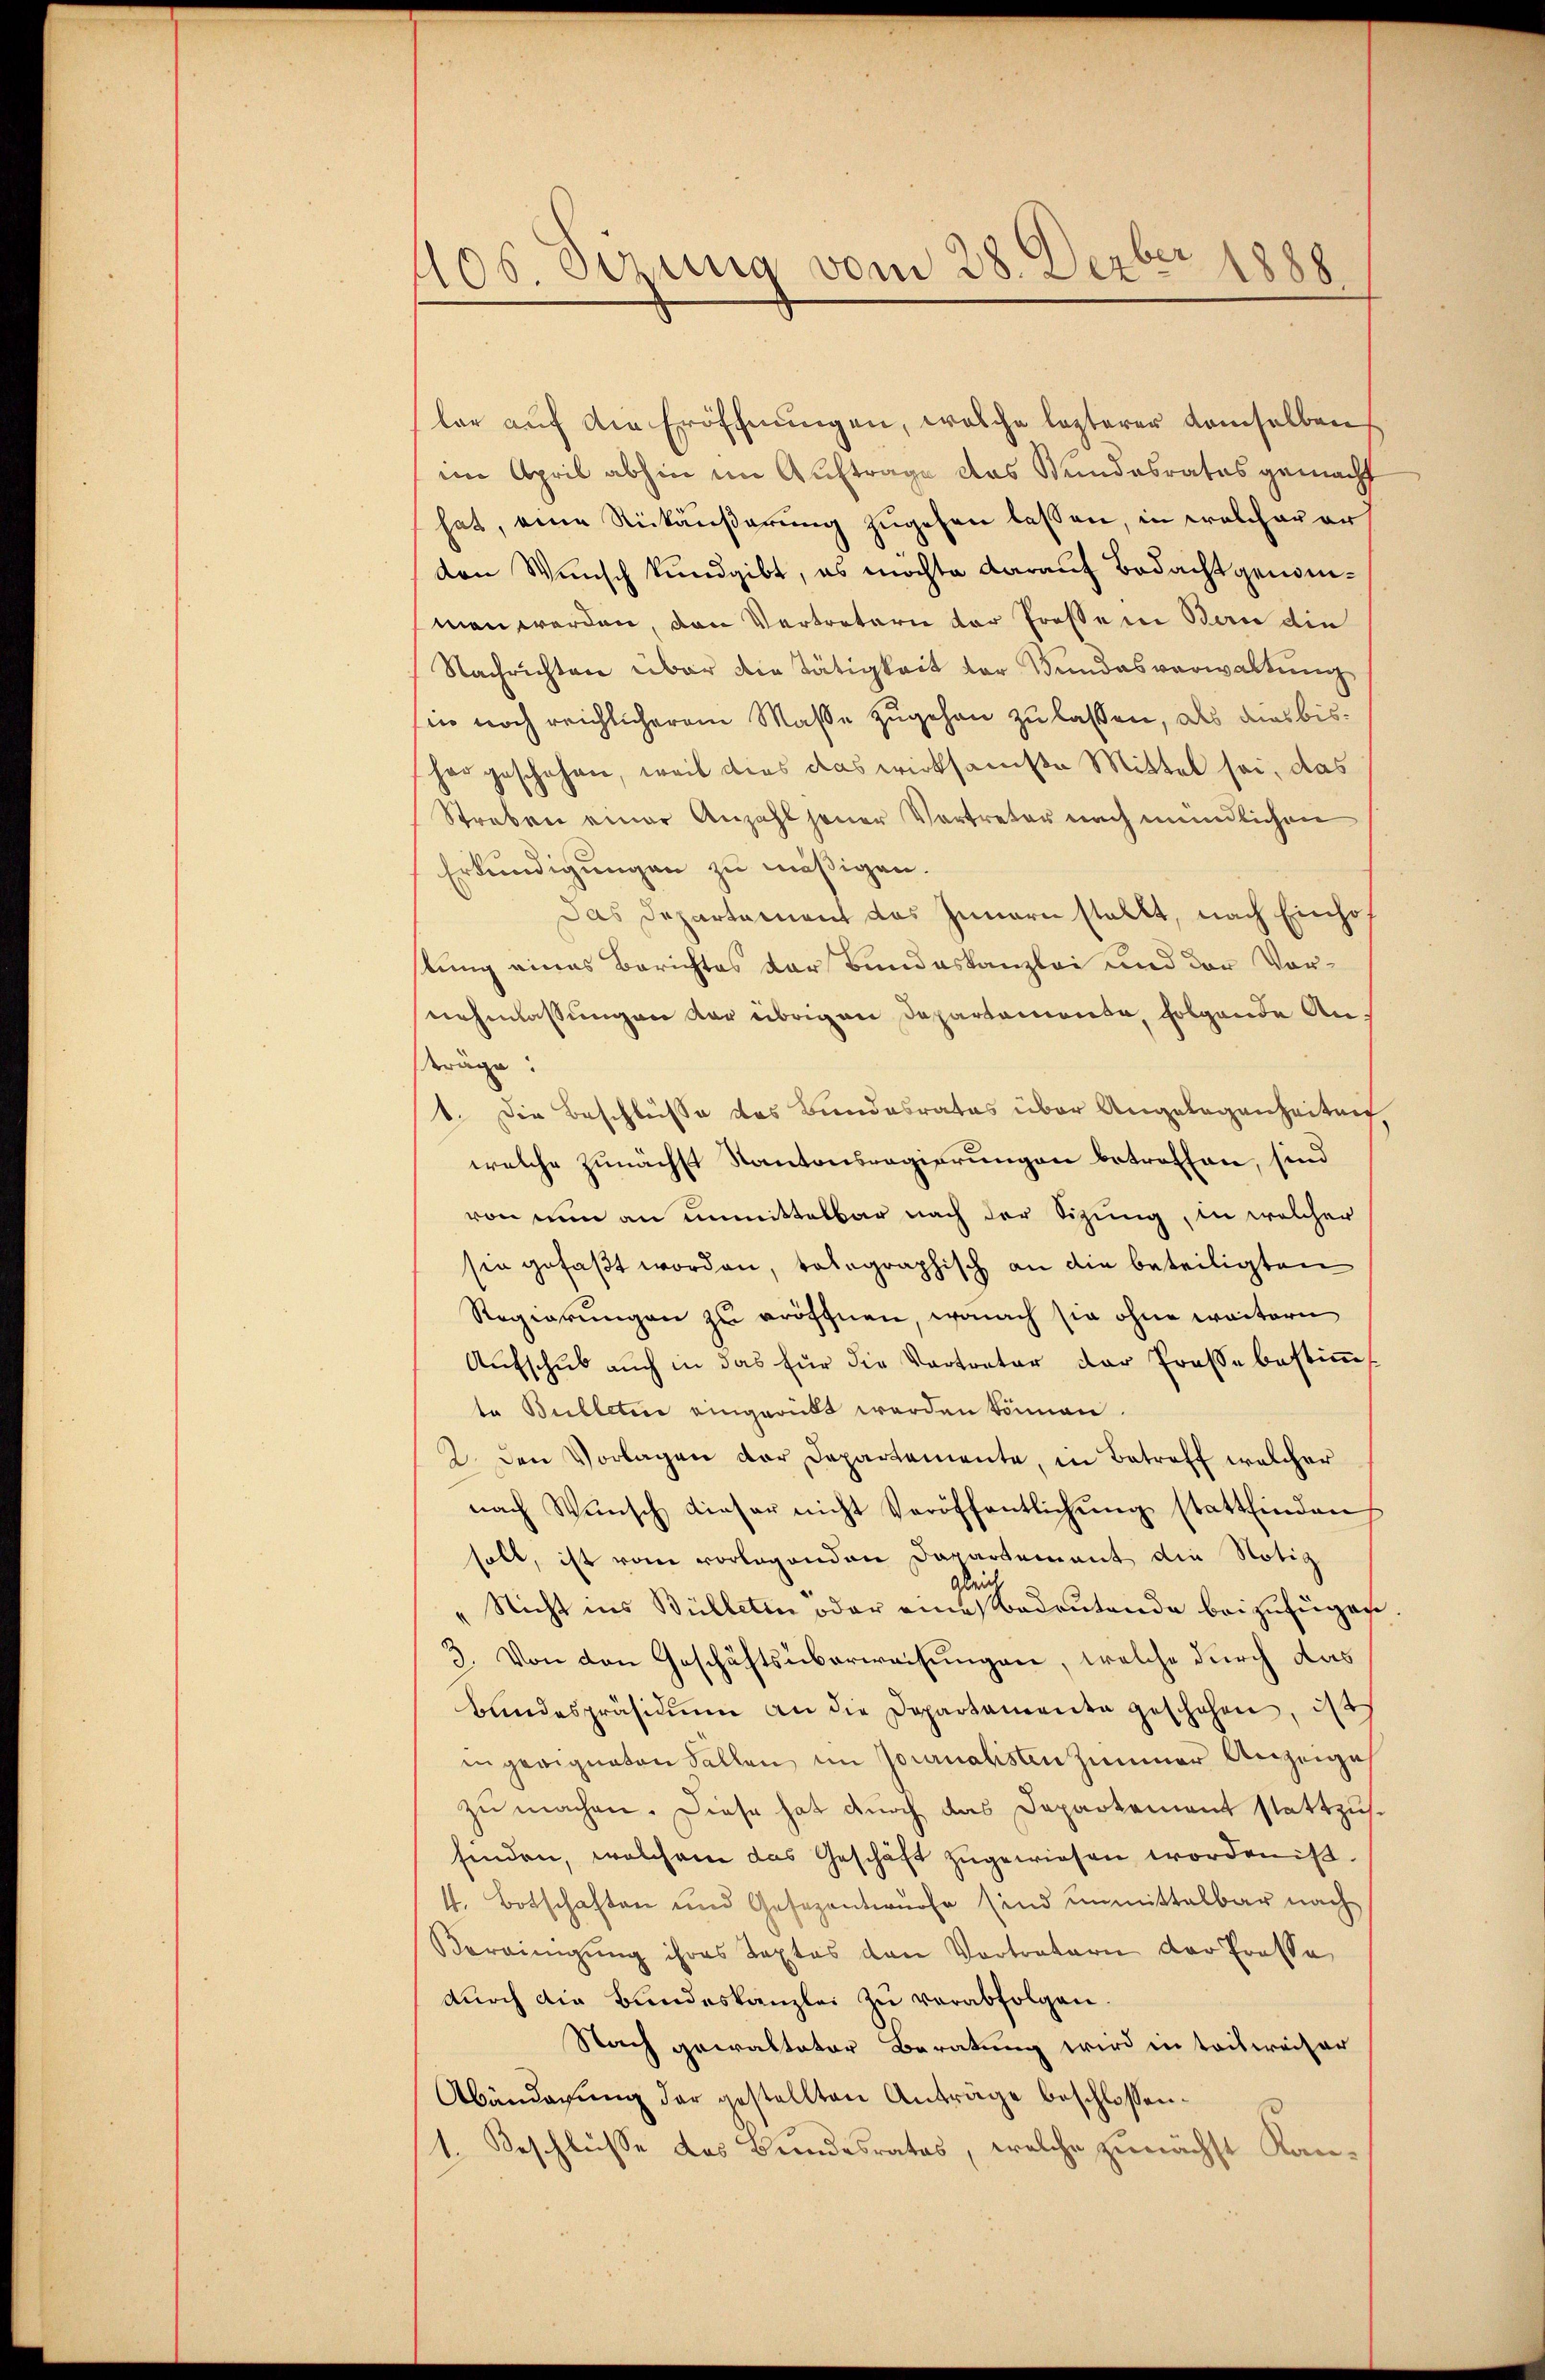
406. dezung vom 28. Dezbr. 1888

lar auf die Eröffnungen, welche lezterer demselben
im April abhin im Auftrage das Kundesrates gemacht
hat, eine Rückäußerung zugehen lassen, in welchauer
den Wunsch kundgibt, es möchte darauf Bedachtgenommen werden, den Vertretern der Trossen Bern die
Nachrichten über die Tätigkeit der Bundesverwaltung
sin noch reichlicherem Masse zugehen zu lassen, als dies bishargeschehen, weil dies das wirksamste Mittel sei, das
Streben einer Anzahl jener Vertreter nach mündlichen
Erkundigungen zu mäßigen.
Das Departement das Innern stellt, nach Einhof
tung eines Berichtes der Bundeskanzlei und der Vornehmlassungen der übrigen Departemente, folgende Anträge:
1. Die Beschlüsse des Bundesrates über Angelegenheiten
welche zunächst Kantonsregierungen betroffen, sind
von nun an unmittelbar nach der Sizung, in welcher
sen gefaßt worden, telegraphisch an die beteiligten
Regierungen zu eröffnen, wonach sie ohne weitern
Aufschub auch in das für die Vertreter der Prose bestimmt
te Bulletin eingerückt werden können.
2. Den Vorlagen der Departemente, in Betreff welcher
nach Wŭnsch dieser nicht Veröffentlichŭng stattfinden
soll, ist vom vorlegenden Departement die Notiz
gleich
Nicht ins Bülleten oder eine Bedeutende beizufügen
3. Von den Geschäftsüberweisungen, welche durch das
Bundespräsidium an die Departamente geschehen, ist
in geeigneten Fallen im Journalisten Zimmer Anzeige
zu machen. Diese hat durch das Departement stattzufinden, welchem das Geschäft zugewiesen worden ist.
4. Botschaften und Gesezentwürfe sind unmittelbar nach
Vereinigŭng ihres Textes den Vortratern der Prosse
dŭrch die Bundeskanzlei zu verabfolgen.
Nach gewalteter Beratung wird in teilweiser
Abänderung der gestellten Anträge beschlossen:
1. Beschlüsse das Bundesrates, welche zunächst Kan¬